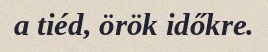
a tiéd, örök időkre.